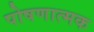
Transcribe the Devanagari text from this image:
पोषणात्मक